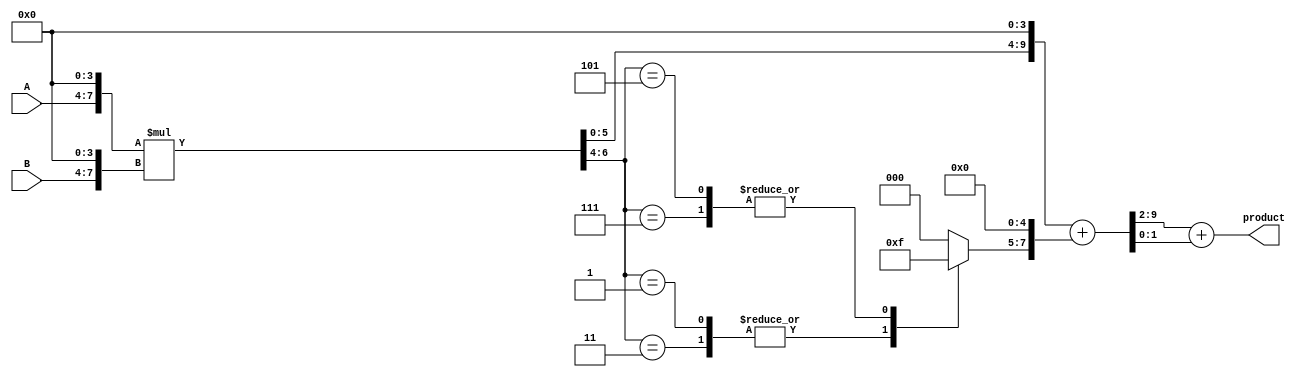
module booth_multiplier(
    input [3:0] A, // 4-bit number A
    input [3:0] B, // 4-bit number B
    output reg [7:0] product // 8-bit product output
    );

// Stage 1: Partial product generation stage
reg [6:0] partial_product;
always @(*) begin
    partial_product = {A, 4'b0} * {B, 4'b0}; // Generating 7-bit partial product
end

// Stage 2: Prefix section
reg [6:0] aligned_partial_product;
reg [2:0] booth_encoding;
always @(*) begin
    aligned_partial_product = {partial_product[6], partial_product}; // Aligning partial product
    booth_encoding = 3'b0; // Initializing Booth encoding
    case(partial_product[6:4])
        3'b001, 3'b011: booth_encoding = 3'b001;
        3'b101, 3'b111: booth_encoding = 3'b111;
        default: booth_encoding = 3'b000;
    endcase
end

// Stage 3: Main Booth encoding section
reg [9:0] booth_encoded_partial_product;
always @(*) begin
    booth_encoded_partial_product = {aligned_partial_product, 4'b0} + {booth_encoding, 3'b0, 2'b0}; // Generating Booth encoded partial product
end

// Stage 4: Final product stage
always @(*) begin
    product = booth_encoded_partial_product[9:2] + booth_encoded_partial_product[1:0]; // Adding final Booth encoded partial products
end

endmodule